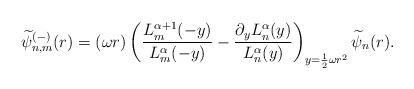
LaTeX: \begin{align*} \widetilde{\psi}_{n,m}^{(-)}(r) = (\omega r)\left(\frac{L_m^{\alpha+1}(-y)}{L_m^\alpha(-y)} - \frac{\partial_yL_n^{\alpha}(y)}{L_n^\alpha(y)}\right)_{y=\frac{1}{2}\omega r^2} \widetilde{\psi}_n(r). \end{align*}